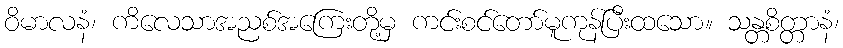
ဝိမာလနံ၊ ကိလေသာအညစ်အကြေးတို့မှ ကင်းစင်တော်မူကုန်ပြီးထသော။ သန္တစိတ္တာနံ၊